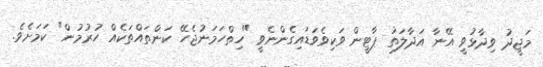
މަޖީދު ވިދާޅުވީ އޭނާ އަދާލަތު ޕާޓީން ވަކިވެވަޑައިގެންނެވީ "ހިތްހަމަނުޖެހޭ ކަންތައްތަކެއް ހުރުމުން" ކަމަށެވެ.